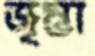
জৃম্ভা